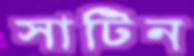
সাটিন